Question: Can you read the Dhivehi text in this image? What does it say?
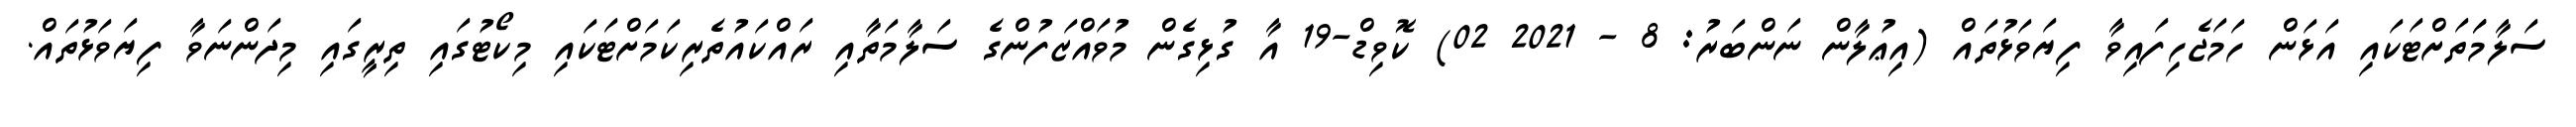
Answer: ސަލާމަަތަށްޓަކައި އަޅަން ހަމަޖެހިފައިވާ ފިޔަވަޅުތައް (އިޢުލާން ނަންބަރު: 8 - 2021 02) ކޮވިޑް-19 އާ ގުޅިގެން މުވައްޒަފުންގެ ސަލާމަތާއި ރައްކައުތެރިކަމަށްޓަކައި މިކޯޓުގައި ތިރީގައި މިދަންނަވާ ފިޔަވަޅުތައް.